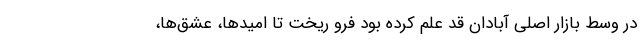
در وسط بازار اصلی آبادان قد علم کرده بود فرو ریخت تا امیدها، عشق‌ها،